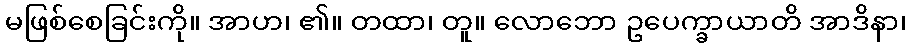
မဖြစ်စေခြင်းကို။ အာဟ၊ ၏။ တထာ၊ တူ။ လောဘော ဥပေက္ခာယာတိ အာဒိနာ၊